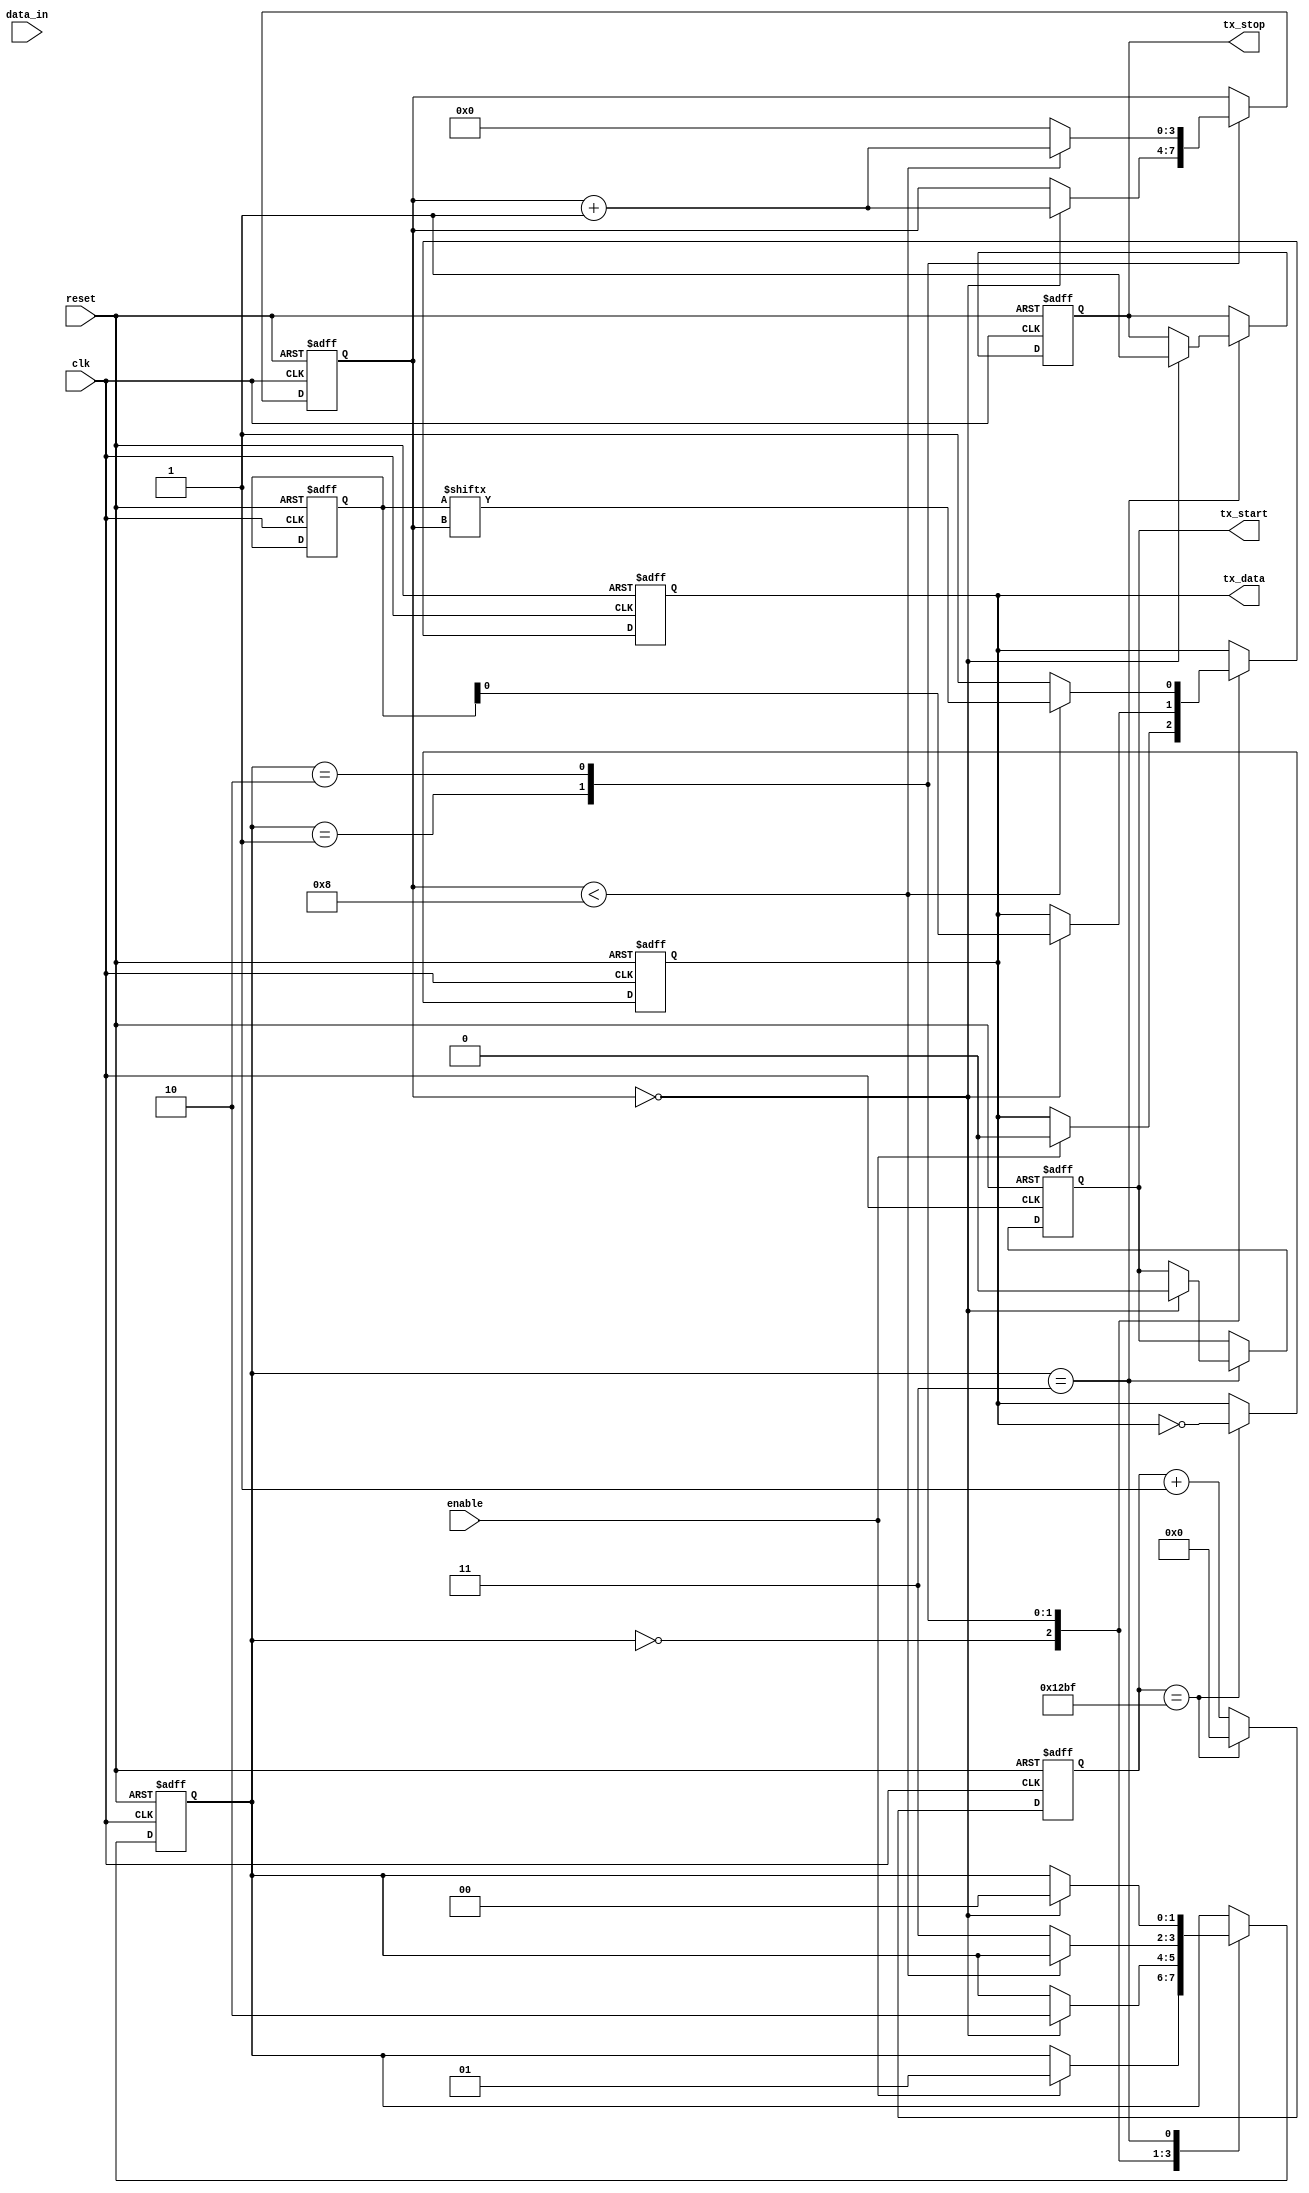
module uart_transmitter (
  input wire clk,
  input wire reset,
  input wire enable,
  input wire [7:0] data_in,
  output reg tx_data,
  output reg tx_start,
  output reg tx_stop
);

parameter BAUD_RATE = 9600; // Set desired baud rate

// State machine states
parameter IDLE = 2'b00; // Idle state
parameter START_BIT = 2'b01; // Start bit transmission state
parameter DATA_BIT = 2'b10; // Data bit transmission state
parameter STOP_BIT = 2'b11; // Stop bit transmission state

reg [1:0] state;
reg [7:0] data_reg;
reg [3:0] bit_count;

always @ (posedge clk or posedge reset) begin
  if (reset) begin
    state <= IDLE;
    tx_data <= 1'b1; // Idle state output
    tx_start <= 1'b1;
    tx_stop <= 1'b0;
    data_reg <= 8'h00;
    bit_count <= 4'b0000;
  end else begin
    case (state)
      IDLE: begin
        if (enable) begin
          state <= START_BIT;
          tx_data <= 1'b0; // Start bit
        end
      end
      START_BIT: begin
        if (bit_count == 4'b0000) begin
          state <= DATA_BIT;
          tx_data <= data_reg[0];
          bit_count <= bit_count + 1;
        end
      end
      DATA_BIT: begin
        if (bit_count < 4'b1000) begin
          tx_data <= data_reg[bit_count];
          bit_count <= bit_count + 1;
        end else begin
          state <= STOP_BIT;
          tx_data <= 1'b1; // Stop bit
          bit_count <= 4'b0000;
        end
      end
      STOP_BIT: begin
        if (bit_count == 4'b0000) begin
          state <= IDLE;
          tx_start <= 1'b0;
          tx_stop <= 1'b1;
        end
      end
    endcase
  end
end

// Baud rate generator logic (based on BAUD_RATE parameter)
reg [15:0] counter;
reg tick;

always @ (posedge clk or posedge reset) begin
  if (reset) begin
    counter <= 16'h0000;
    tick <= 1'b0;
  end else begin
    if (counter == BAUD_RATE/2 - 1) begin
      counter <= 16'h0000;
      tick <= ~tick;
    end else begin
      counter <= counter + 1;
    end
  end
end

assign tx_data = tick;

endmodule